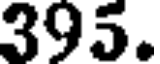
395.